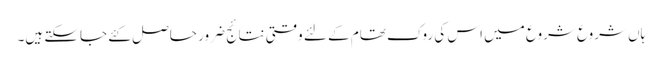
ہاں شروع شروع میں اس کی روک تھام کے لئے وقتی نتائج ضرور حاصل کئے جاسکتے ہیں۔